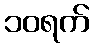
၁၀ရက်